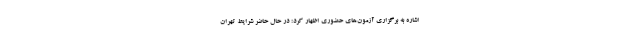
اشاره به برگزاری آزمون‌های حضوری اظهار کرد: در حال حاضر شرایط تهران